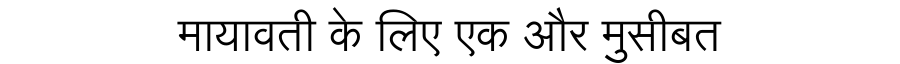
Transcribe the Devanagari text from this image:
मायावती के लिए एक और मुसीबत